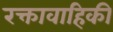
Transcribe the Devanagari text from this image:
रक्तावाहिकी